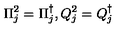
\Pi _ { j } ^ { 2 } = \Pi _ { j } ^ { \dagger } , Q _ { j } ^ { 2 } = Q _ { j } ^ { \dagger }